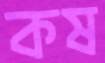
কষ